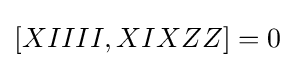
[XIIII,XIXZZ]=0